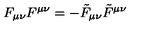
F _ { \mu \nu } F ^ { \mu \nu } = - \tilde { F } _ { \mu \nu } \tilde { F } ^ { \mu \nu }